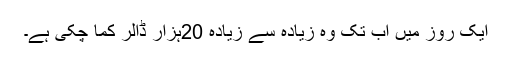
ایک روز میں اب تک وہ زیادہ سے زیادہ 20ہزار ڈالر کما چکی ہے۔